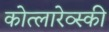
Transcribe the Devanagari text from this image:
कोत्लारेव्स्की